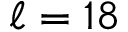
\ell = 1 8